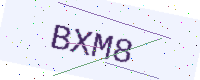
Text: BXM8